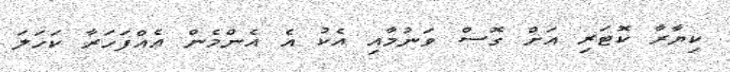
ކިޔާރާ ކޮޓަރި އަށް ގޮސް ވަނުމާއި އެކު އެ އެންމެން އެއްފަހަރާ ކަހަލަ